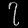
Digit: ၇